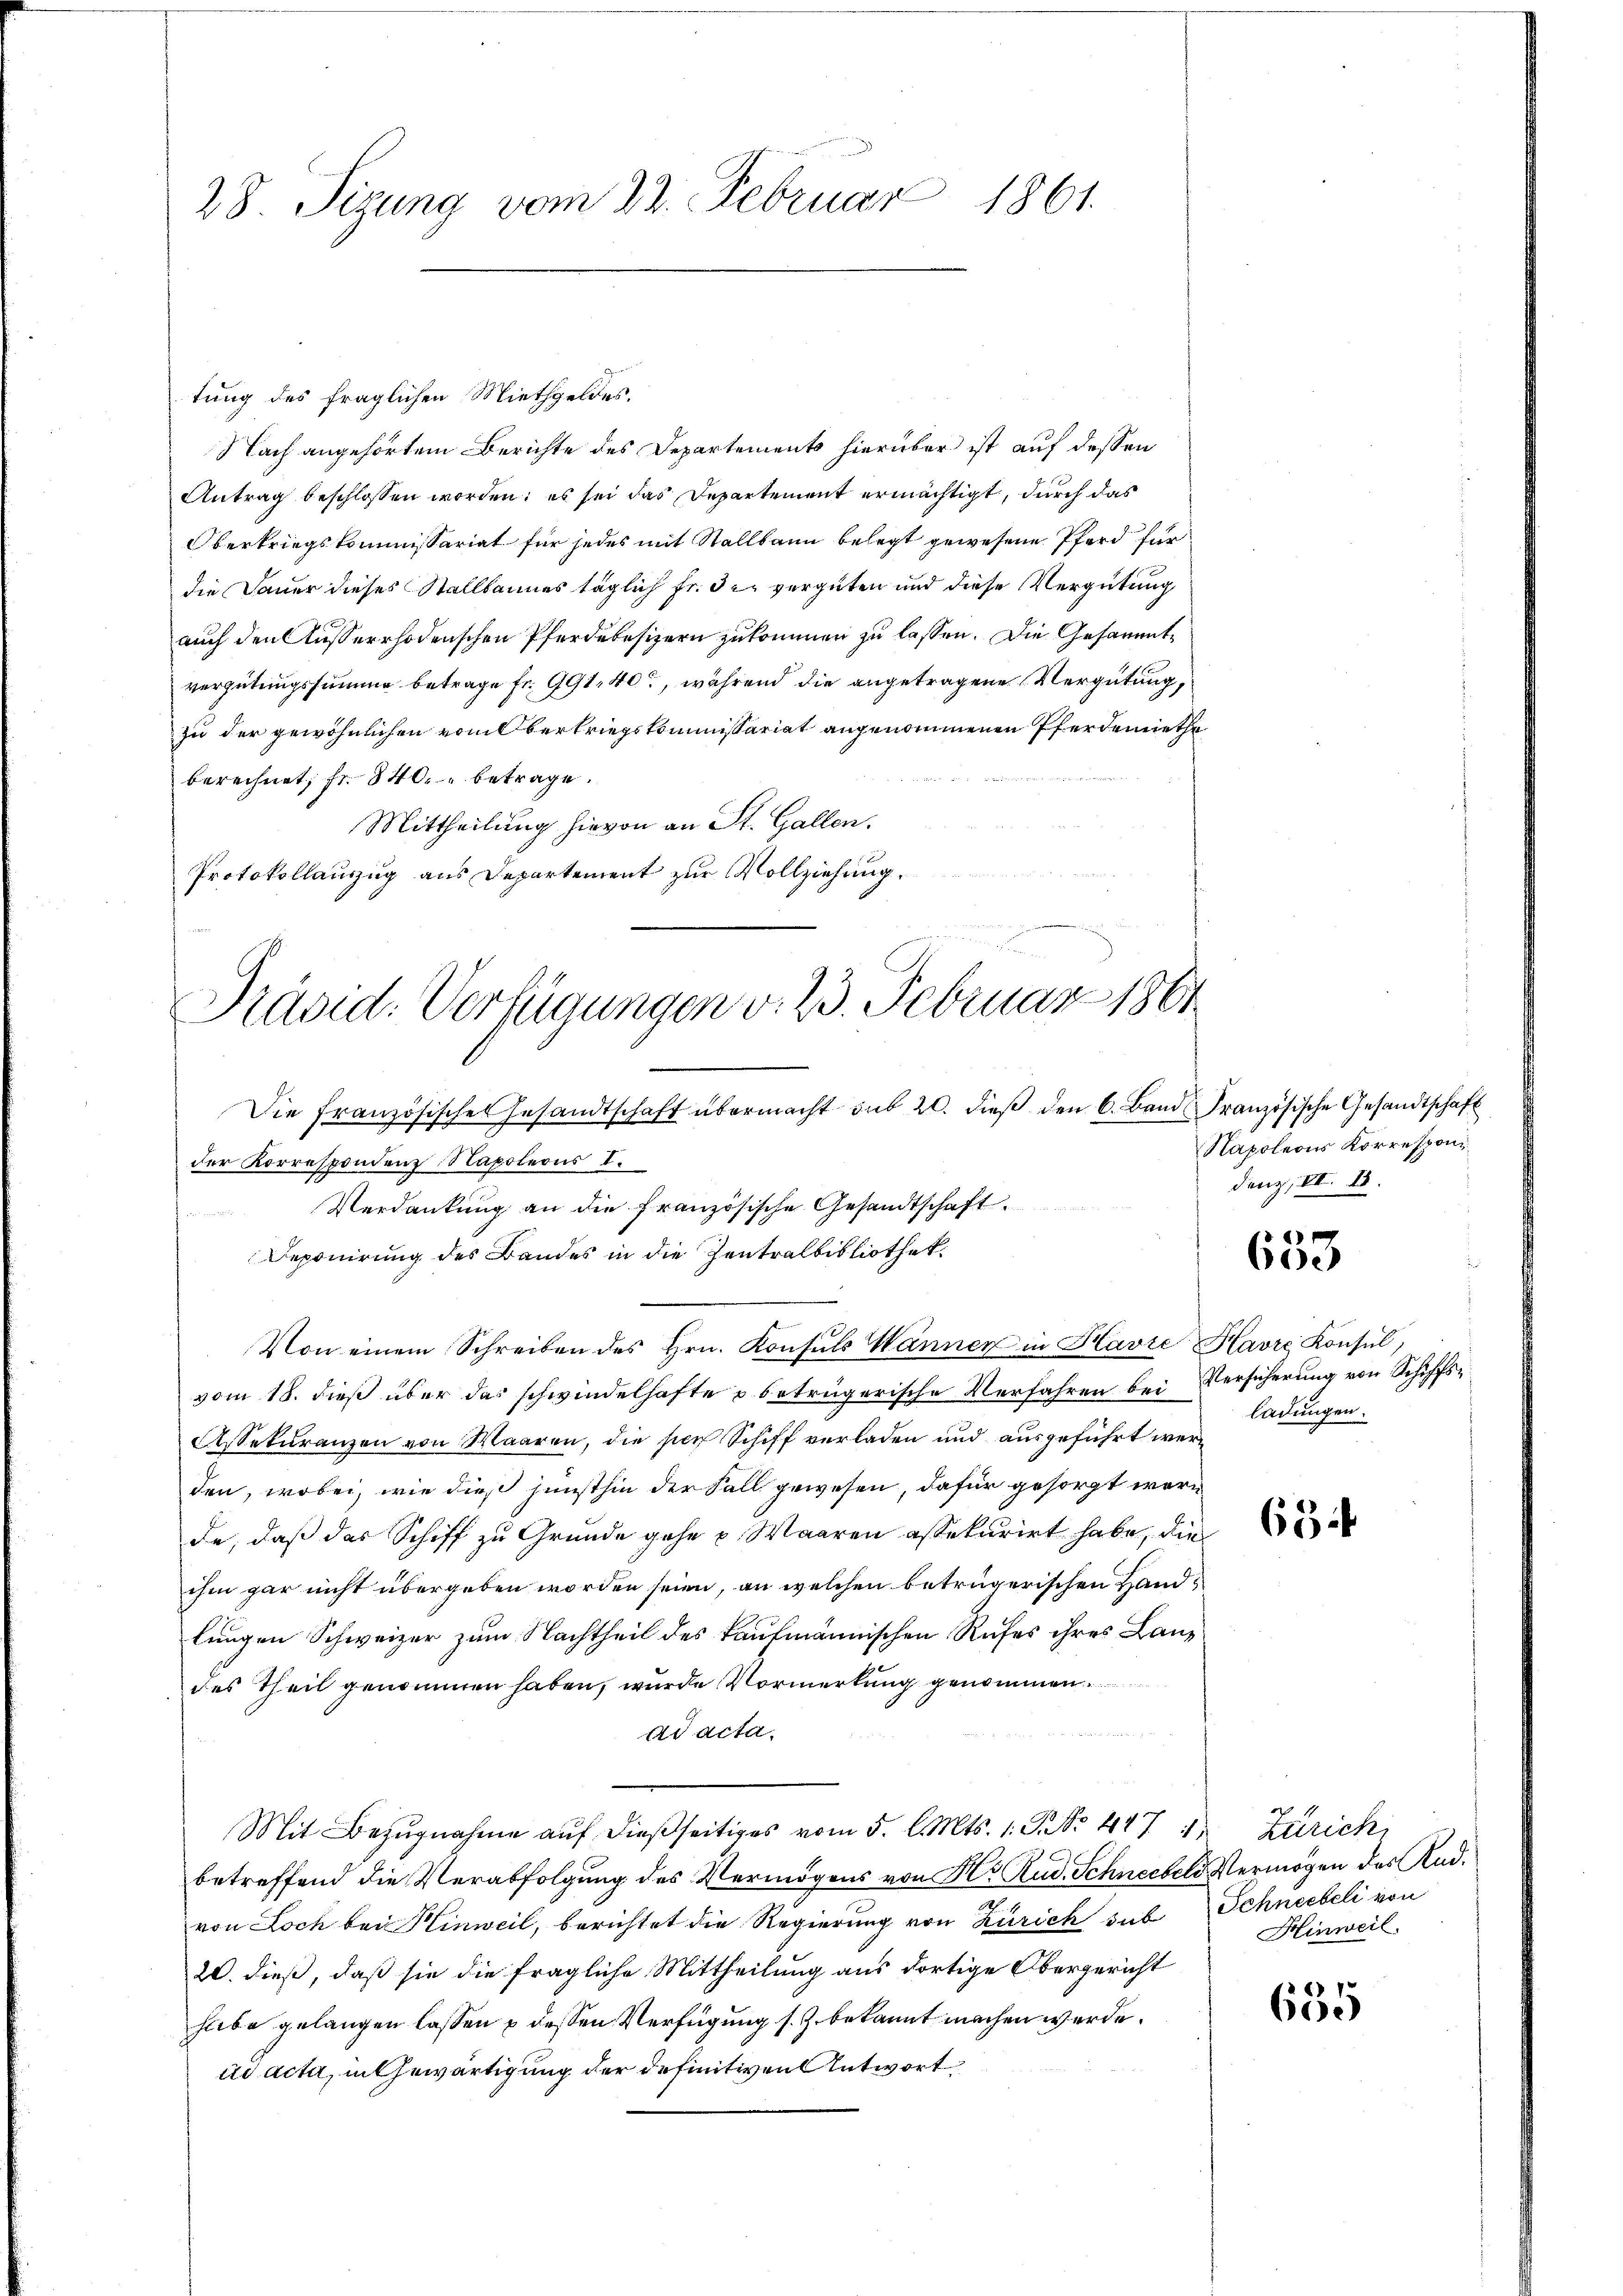
28. Sizung vom 22. Februar 1861.

tung des fraglichen Miethgeldes.
Nach angehörtem Berichte des Departements hierüber ist auf dessen
Antrag beschlossen worden; es sei das Departement ermächtigt, durch das
Oberkriegskommissariat für jedes mit Stallbann belegt gewesene Pferd für
die Dauer dieses Stallbannes täglich fr. die vergüten und diese Vergütung
auch den Ausserrhodenschen Pferdebesizern zukommen zu lassen. Die Gesammtvergütungssumme betrage fr. 991, 40, während die angetragene Vergütung,
zu der gewöhnlichen vom Obertriegskommissariat angenommenen Pferdemiethe
berechnet, fr. 840. betrage.
Mittheilung hievon an St. Gallen.
Protokollanzug aus Departement zur Vollziehung.

Präsid. Verfügungen v. 23. Februar 1861

Die französischer Gesandtschaft übermacht sub 20. dieß den 6. Band Französische Gesandtschaft
der Korrespondenz Napoleons I.
Verdankung an die französische Gesandtschaft
Deponirung des Bandes in die Zentralbibliothek.
Von einem Schreiben des Hrn. Konsuls Wänner in Havić Havre Konsul,
vom 18. dieß über das schwindelhafte u betrügerische Verfahren bei Versicherung von Schiffs¬
Assekuranzen von Waaren, die hier Schiff verladen und ausgeführt werden, wobei, wie dies junsthin der Fall gewesen, dafür gesorgt worde, daß das Schiff zu Grunde gehe u. Waaren assekurirt habe, die
ihm gar nicht übergeben worden seien, an welchen betrügerischen Handlungen Schweizer zum Nachtheil des kaufmännischen Rufes ihres Lanz
des Theil genommen haben, wurde Vormerkung genommen.
ad acta
Mit Bezugnahme auf dießseitiges vom 5. l. Mts. 1. P. Nr. 447 1, Zürich,
betreffend die Verabfolgung des Vermögens von Hr. Rud. Schneebels Vermögen des Radvon Loch bei Hinweil, berichtet die Regierung von Zürich sub Schneebeli von
20. dieß, daß sie die fragliche Mittheilung aus dortige Obergericht
hiebe gelangen lassen & dessen Verfügung s. Z. bekannt machen werde.
ind acta, in Gewärtigung der definitiven Antwort,

Napoleons Korresponi
denz, III. 18.

653

ladungen.

63

655

Hinweil.